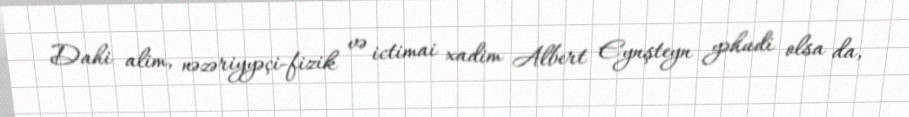
Dahi alim, nəzəriyyəçi-fizik və ictimai xadim Albert Eynşteyn yəhudi olsa da,